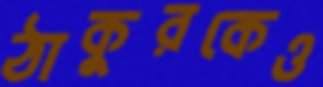
ঠাকুরকেও